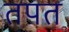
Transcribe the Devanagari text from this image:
तपत